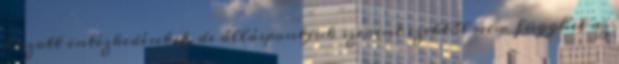
hozott intézkedéseket, de álláspontjuk szerint ezektől nem függhet az